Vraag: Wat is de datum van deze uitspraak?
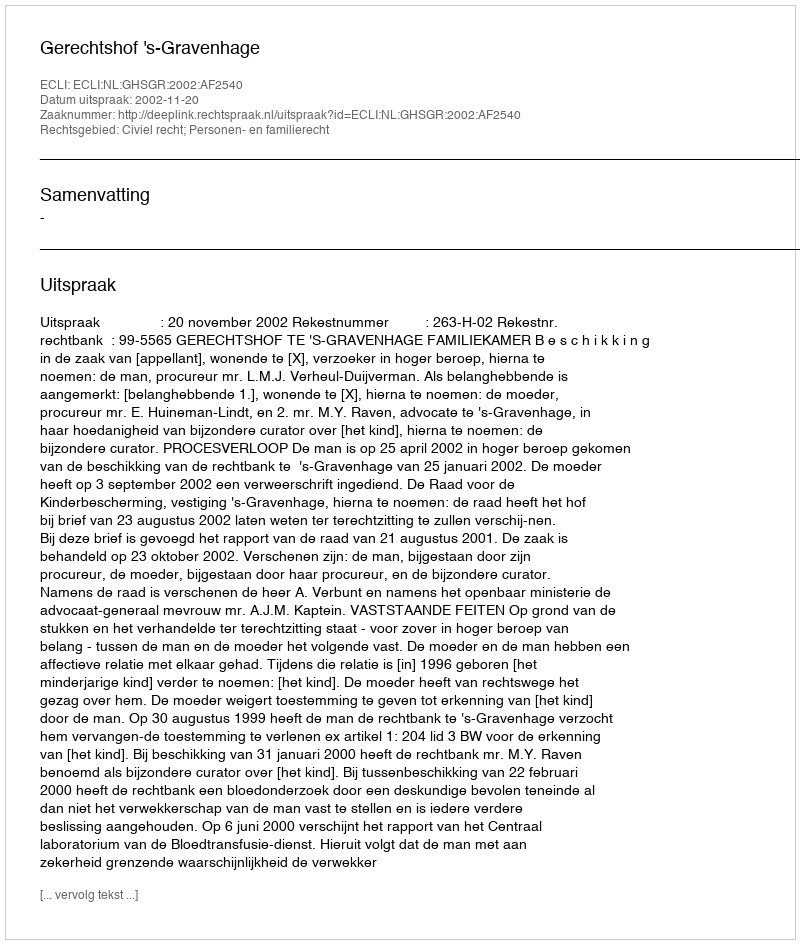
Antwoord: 2002-11-20